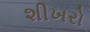
શીખરો